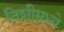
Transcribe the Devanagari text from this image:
तिशीमध्ये